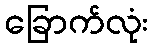
ခြောက်လုံး